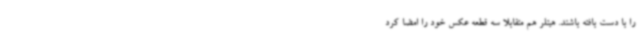
را با دست بافته باشند. هیتلر هم متقابلاً سه قطعه عکس خود را امضا کرد